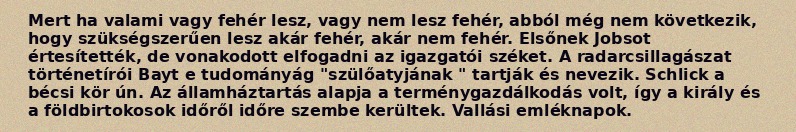
Mert ha valami vagy fehér lesz, vagy nem lesz fehér, abból még nem következik, hogy szükségszerűen lesz akár fehér, akár nem fehér. Elsőnek Jobsot értesítették, de vonakodott elfogadni az igazgatói széket. A radarcsillagászat történetírói Bayt e tudományág "szülőatyjának " tartják és nevezik. Schlick a bécsi kör ún. Az államháztartás alapja a terménygazdálkodás volt, így a király és a földbirtokosok időről időre szembe kerültek. Vallási emléknapok.